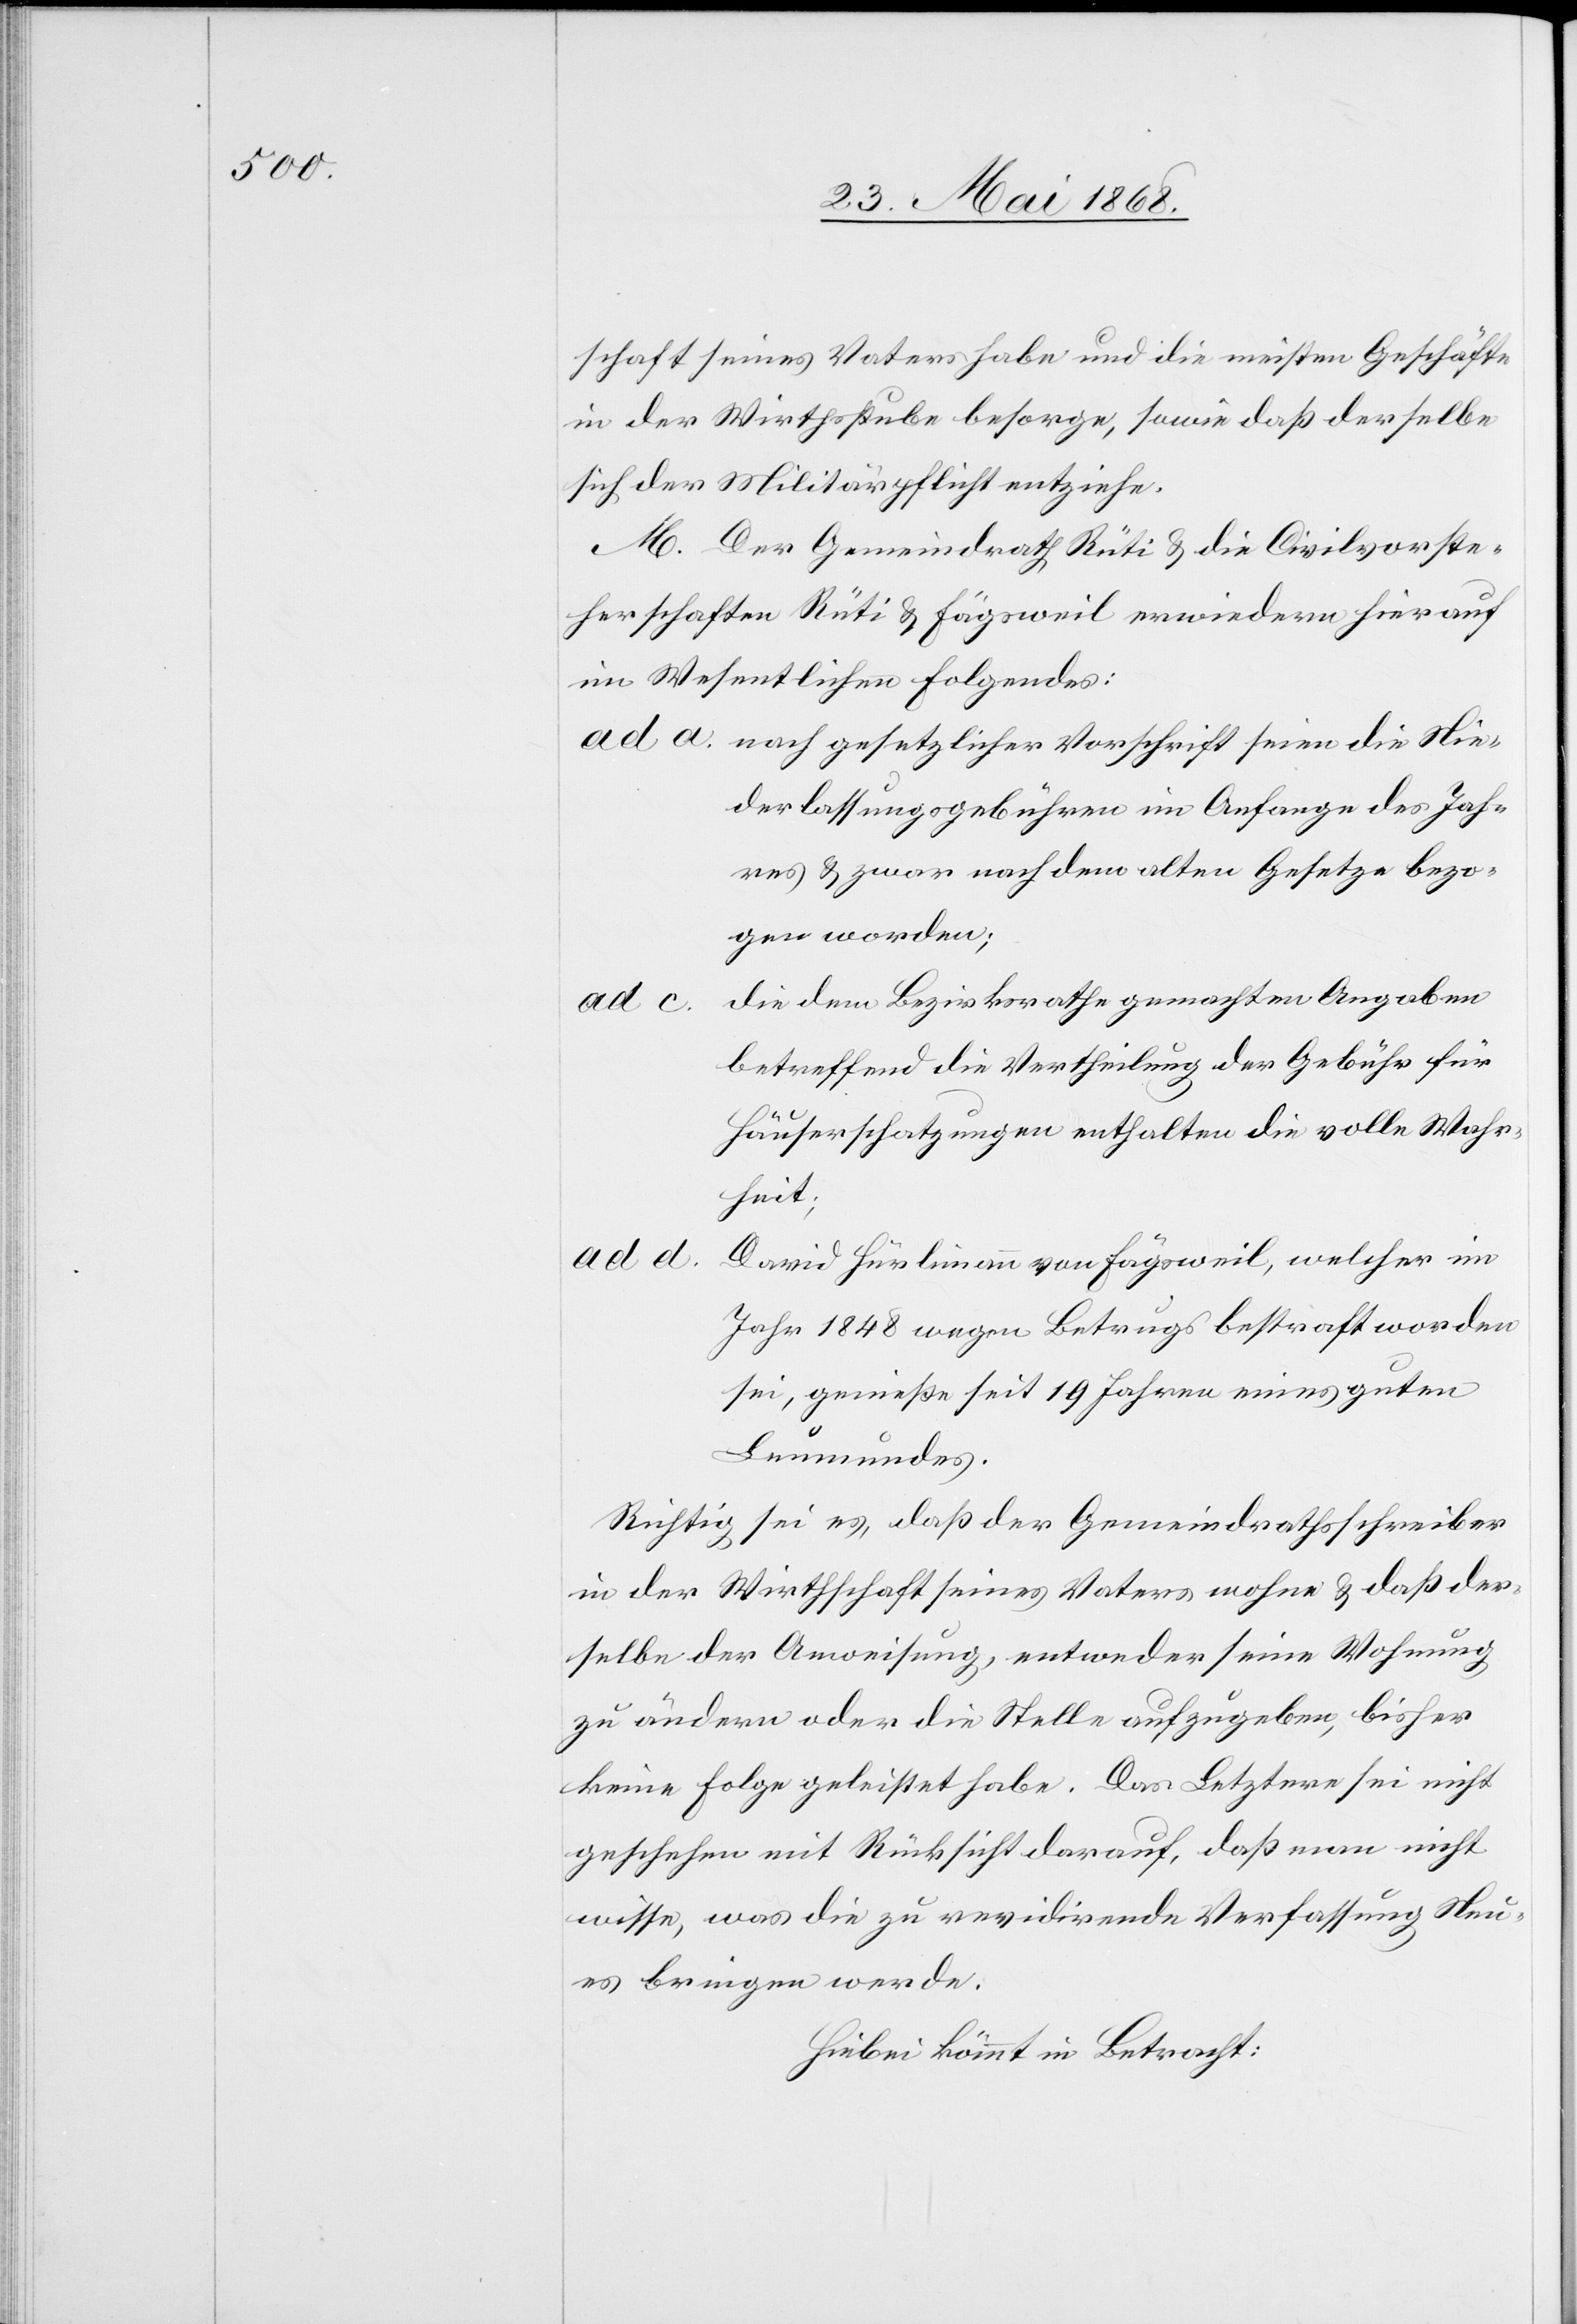
schaft seines Vaters habe und die meisten Geschäfte
in der Wirthsstube besorge, sowie das derselbe
sich der Militärpflicht entziehe.
M. Der Gemeindrath Rüti & die Civilvorste¬
herschaften Rüti & Fägsweil erwiedern hierauf
im Wesentlichen folgendes:
nach gesetzlicher Vorschrift seien die Nie¬
derlassungsgebühren im Anfange des Jah¬
res & zwar nach dem alten Gesetze bezo¬
gen worden;
die dem Bezirksrathe gemachten Angaben
betreffend die Vertheilung der Gebühr für
Häuserschatzungen enthalten die volle Wahr¬
heit;
ad d.
David Hürlimann von Fägsweil, welcher im
Jahr 1848 wegen Betrugs bestraft worden
sei, genieße seit 19 Jahren eines guten
Leumundes.
Richtig sei es, daß der Gemeindrathsschreiber
in der Wirthschaft seines Vaters wohne & daß der¬
selbe der Anweisung, entweder seine Wohnung
zu ändern oder die Stelle aufzugeben, bisher
keine Folge geleistet habe. Das Letztere sei nicht
geschehen mit Rücksicht darauf, daß man nicht
wisse, was die zu revidirende Verfassung Neu¬
es bringen werde.
Hiebei kömmt in Betracht: